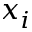
x _ { i }